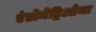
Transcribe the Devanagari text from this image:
एंडोमेट्रिओमा